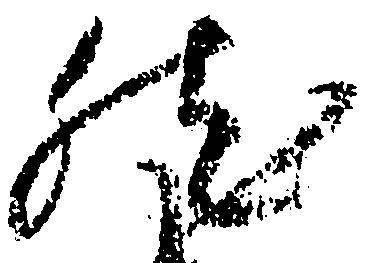
然